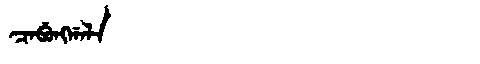
Manchu: ᠴᠠᠪᡠᠩᡤᠠᠯᠠ
Romanization: CABUNGGALA